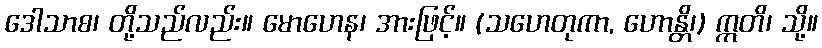
ဒေါသာစ၊ တို့သည်လည်း။ မောဟေန၊ အားဖြင့်။ (သဟေတုကာ, ဟောန္တိ၊) ဣတိ၊ သို့။